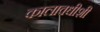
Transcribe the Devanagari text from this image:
कालावधीशी